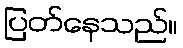
ပြတ်နေသည်။